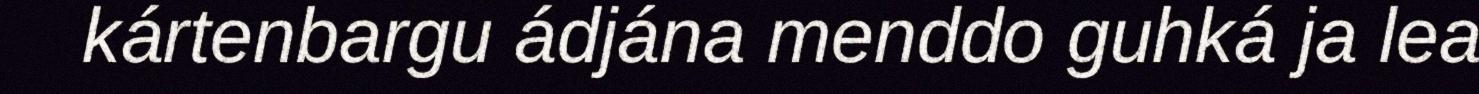
kártenbargu ádjána menddo guhká ja lea